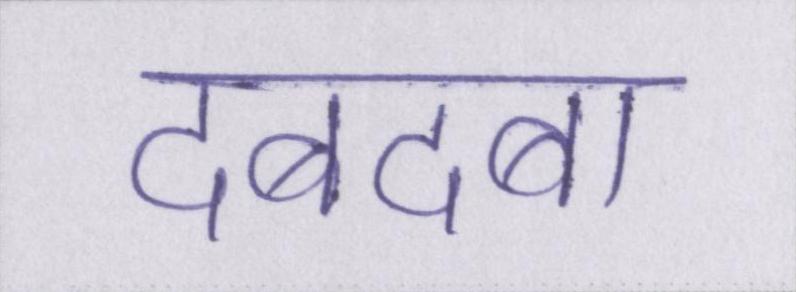
दबदबा